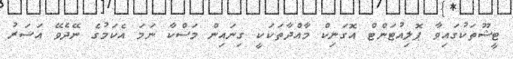
ޓީޝޫތަކުގައިވާ ޕޮލިއުޓަންޓް އޮގަނިކް މާއްދާތަކަކީ ގިނައިން މަސްކާ ނަމަ އެކަމުގެ ނޭދެވޭ އަސަރު